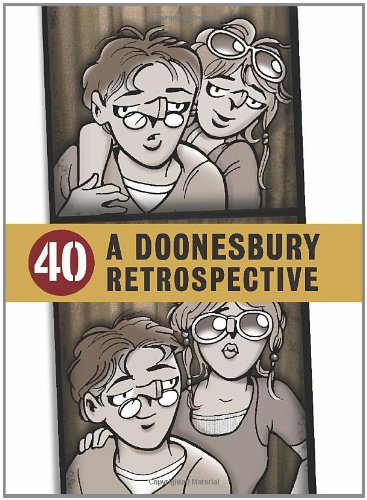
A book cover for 40: A Doonesbury Retrospective; G. B. Trudeau; Humor & Entertainment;